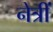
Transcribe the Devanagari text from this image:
नेत्रीं